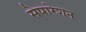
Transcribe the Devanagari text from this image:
सेपारेशन